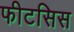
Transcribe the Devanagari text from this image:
फीटसिस